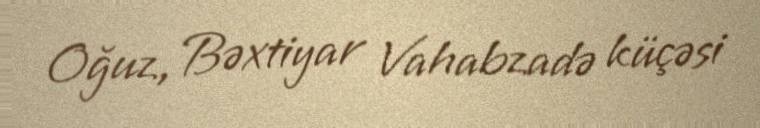
Oğuz, Bəxtiyar Vahabzadə küçəsi